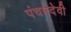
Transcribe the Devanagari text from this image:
पंचमदेवी